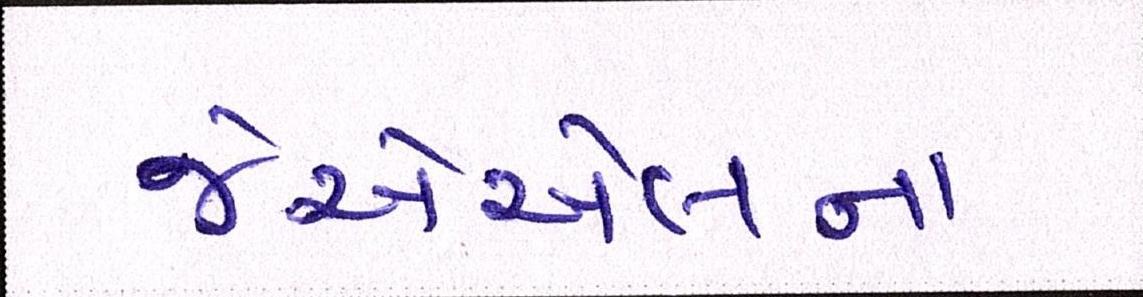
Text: જેએએલના